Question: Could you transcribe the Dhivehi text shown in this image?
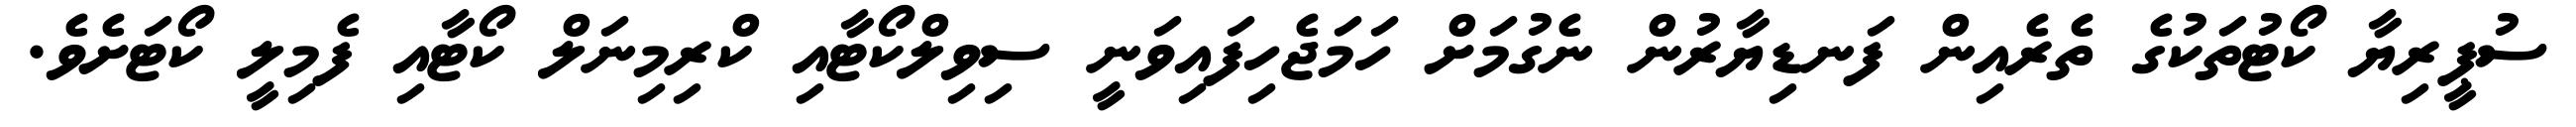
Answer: ސުޕީރިޔާ ކޯޓުތަކުގެ ތެރެއިން ފަނޑިޔާރުން ނެގުމަށް ހަމަޖެހިފައިވަނީ ސިވިލްކޯޓާއި ކްރިމިނަލް ކޯޓާއި ފެމިލީ ކޯޓަށެވެ.